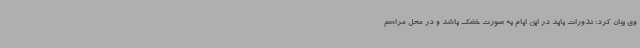
وی بیان کرد: نذورات باید در این ایام به صورت خشک باشد و در محل مراسم